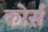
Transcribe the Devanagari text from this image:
कोर्स़